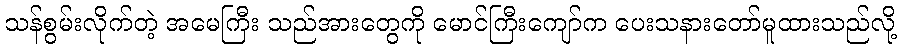
သန်စွမ်းလိုက်တဲ့ အမေကြီး သည်အားတွေကို မောင်ကြီးကျော်က ပေးသနားတော်မူထားသည်လို့